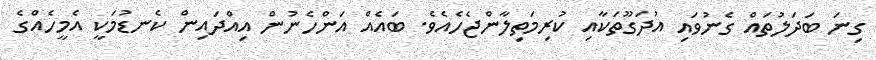
ގިނަ ބަދަލުތައް ގެނުވައި އުދަގޫތަކާއި ކުރިމަތިލާންޖެހެއެވެ. ބައެއް އަންހެނުން އިއްދައިން ކެނޑުމަކީ އެމީހެއްގެ